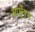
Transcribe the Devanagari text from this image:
आभूँषण